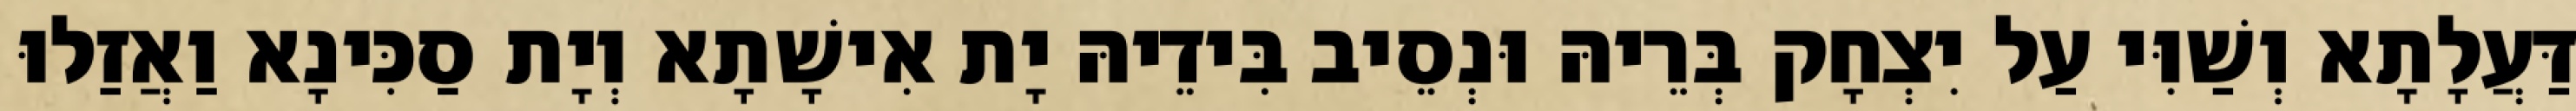
דַּעֲלָתָא וְשַׁוִּי עַל יִצְחָק בְּרֵיהּ וּנְסֵיב בִּידֵיהּ יָת אִישָׁתָא וְיָת סַכִּינָא וַאֲזַלוּ